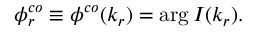
\phi _ { r } ^ { c o } \equiv \phi ^ { c o } ( k _ { r } ) = \arg I ( k _ { r } ) .